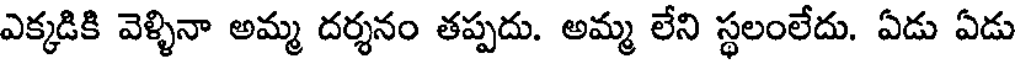
ఎక్కడికి వెళ్ళినా అమ్మ దర్శనం తప్పదు. అమ్మ లేని స్థలంలేదు. ఏడు ఏడు